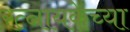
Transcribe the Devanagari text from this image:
रत्नायकेच्या